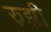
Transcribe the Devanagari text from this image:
रुझ़ी